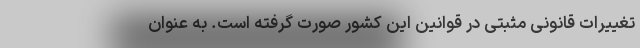
تغییرات قانونیِ مثبتی در قوانین این کشور صورت گرفته است. به عنوان